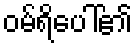
ဝမ်ရိပေါ်၏